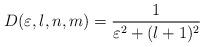
LaTeX: \begin{align*}D(\varepsilon,l,n,m)=\frac{1}{\varepsilon^2+(l+1)^2} \end{align*}